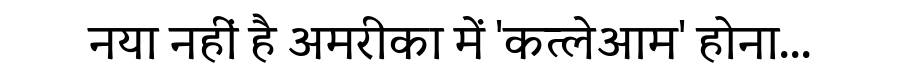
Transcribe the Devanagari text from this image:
नया नहीं है अमरीका में 'कत्लेआम' होना...